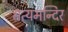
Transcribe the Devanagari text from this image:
सत्यमन्दिर